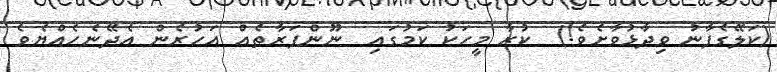
(ކަލޭގެފާނު ވިދާޅުވާށެވެ!)  ކުރާ މީހަކު ކަމުގައި  ނޫންފަރާތެއް އަހުރެން އެދޭނެހެއްޔެވެެ